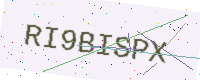
Text: RI9BISPX